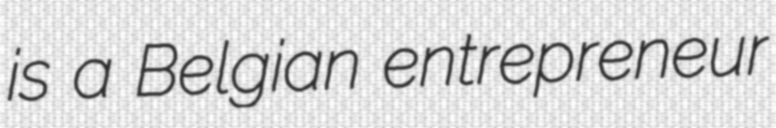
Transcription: is a Belgian entrepreneur